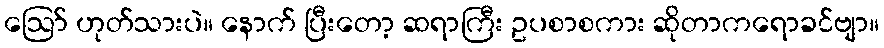
ဪ ဟုတ်သားပဲ။ နောက် ပြီးတော့ ဆရာကြီး ဥပစာစကား ဆိုတာကရောခင်ဗျာ။